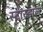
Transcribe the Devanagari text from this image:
स्टारडाल